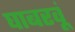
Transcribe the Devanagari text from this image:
घाबरवूं